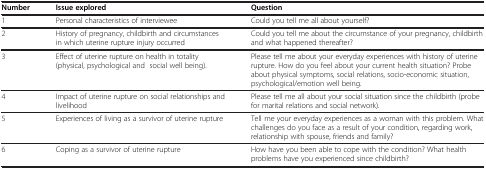
<table><thead><tr><td><b>Number</b></td><td><b>Issue explored</b></td><td><b>Question</b></td></tr></thead><tbody><tr><td>1</td><td>Personal characteristics of interviewee</td><td>Could you tell me all about yourself?</td></tr><tr><td>2</td><td>History of pregnancy, childbirth and circumstances in which uterine rupture injury occurred</td><td>Could you tell me about the circumstance of your pregnancy, childbirth and what happened thereafter?</td></tr><tr><td>3</td><td>Effect of uterine rupture on health in totality (physical, psychological and social well being).</td><td>Please tell me about your everyday experiences with history of uterine rupture. How do you feel about your current health situation? Probe about physical symptoms, social relations, socio-economic situation, psychological/emotion well being.</td></tr><tr><td>4</td><td>Impact of uterine rupture on social relationships and livelihood</td><td>Please tell me all about your social situation since the childbirth (probe for marital relations and social network).</td></tr><tr><td>5</td><td>Experiences of living as a survivor of uterine rupture</td><td>Tell me your everyday experiences as a woman with this problem. What challenges do you face as a result of your condition, regarding work, relationship with spouse, friends and family?</td></tr><tr><td>6</td><td>Coping as a survivor of uterine rupture</td><td>How have you been able to cope with the condition? What health problems have you experienced since childbirth?</td></tr></tbody></table>